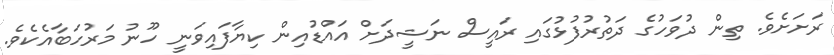
ރަށަށެވެ. ތިން ދުވަހުގެ ދަތުރުފުޅުގައި ރައީސް ނަޝީދަށް އައްޑުއިން ކިޔާފައިވަނީ ހޫނު މަރުހަބާއެކެވެ.